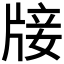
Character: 𤗈